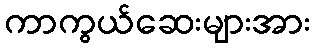
ကာကွယ်ဆေးများအား